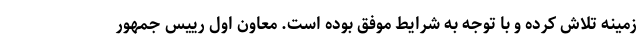
زمینه تلاش کرده و با توجه به شرایط موفق بوده است. معاون اول رییس جمهور